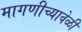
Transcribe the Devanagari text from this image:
मागणीच्यावेळी